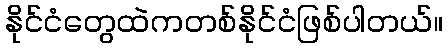
နိုင်ငံတွေထဲကတစ်နိုင်ငံဖြစ်ပါတယ်။